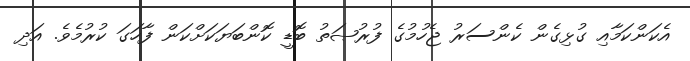
އެކަންކަމާއި ގުޅިގެން ކެންސަރު ޖެހުމުގެ ފުރުޞަތު ބޮޑީ ކޮންބަޔަކަށްކަން ފާހަގަ ކުރުމެވެ. އަދި